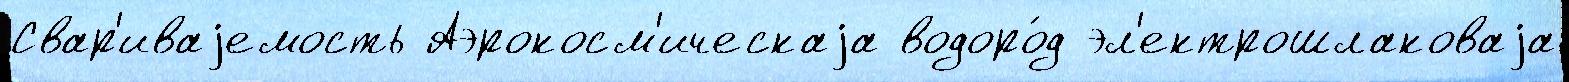
Свар'иваjемость Аэрокосм'ическаjа водоро́д эл'ектрошлаковаjа